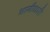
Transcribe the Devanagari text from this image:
भागीधारी